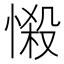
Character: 𢟌